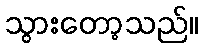
သွားတော့သည်။